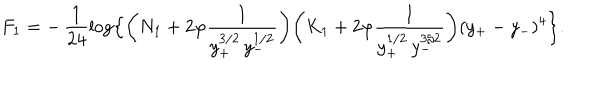
F _ { 1 } = - \, \frac { 1 } { 2 4 } \log \Bigl \{ \biggl ( N _ { 1 } + 2 \varphi \frac { 1 } { y _ { + } ^ { 3 / 2 } \, y _ { - } ^ { 1 / 2 } } \biggr ) \biggl ( K _ { 1 } + 2 \varphi \frac { 1 } { y _ { + } ^ { 1 / 2 } \, y _ { - } ^ { 3 / 2 } } \biggr ) ( y _ { + } - y _ { - } ) ^ { 4 } \Bigr \} .